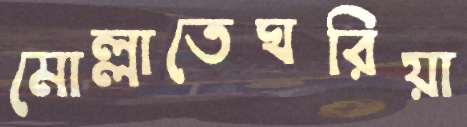
মোল্লাতেঘরিয়া